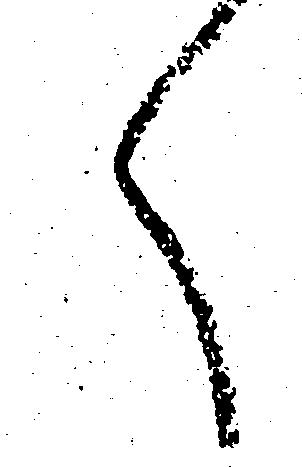
く